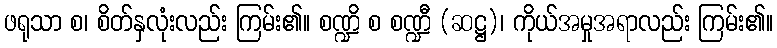
ဖရုသာ စ၊ စိတ်နှလုံးလည်း ကြမ်း၏။ စဏ္ဍိ စ စဏ္ဍီ (ဆဋ္ဌ)၊ ကိုယ်အမှုအရာလည်း ကြမ်း၏။